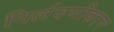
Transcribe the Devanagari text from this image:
निर्लवणीकरण